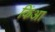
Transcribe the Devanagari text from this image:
किंआ